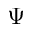
\Psi